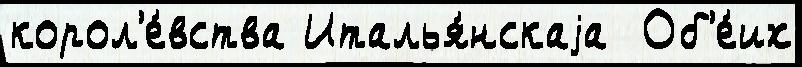
корол'е́вства Италья́нскаjа  Об'е́их